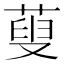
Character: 蓃